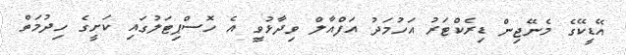
އޭޑީކޭގެ މެނޭޖިން ޑިރެކްޓަރު އަހުމަދު އަފްއާލް ވިދާޅުވީ އެ ހޮސްޕިޓަލުގައި ކަށީގެ ހިދުމަތް